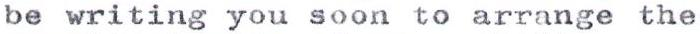
be writing you soon to arrange the